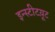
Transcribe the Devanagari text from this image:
इन्स्टीटय़ूट